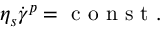
\eta _ { s } \dot { \gamma } ^ { p } = \mathrm { ~ c ~ o ~ n ~ s ~ t ~ . ~ }